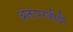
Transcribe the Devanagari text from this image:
अंतःपरजीवी